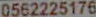
0562225176